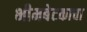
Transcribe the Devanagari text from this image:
भीमबेटकाचा